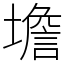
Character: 㙴